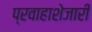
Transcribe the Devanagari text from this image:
प्रवाहाशेजारी